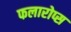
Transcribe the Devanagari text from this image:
फलारोप्स